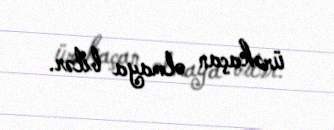
ürəkaçan olmaya bilər.